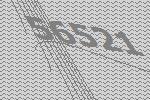
56521